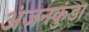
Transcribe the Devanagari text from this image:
अंजनकुंडा